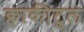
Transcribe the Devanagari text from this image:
क्वाकीटुल